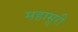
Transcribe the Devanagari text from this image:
महासुरी